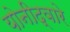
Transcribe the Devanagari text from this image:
योनीद्वारे